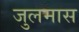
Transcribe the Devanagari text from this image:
जुलमास